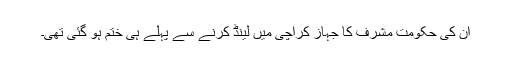
ان کی حکومت مشرف کا جہاز کراچی میں لینڈ کرنے سے پہلے ہی ختم ہو گئی تھی۔